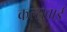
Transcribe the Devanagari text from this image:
कल्सुबाई